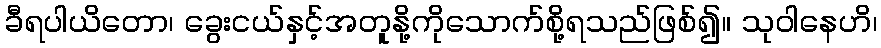
ခီရပါယိတော၊ ခွေးငယ်နှင့်အတူနို့ကိုသောက်စို့ရသည်ဖြစ်၍။ သုဝါနေဟိ၊